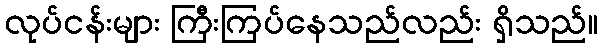
လုပ်ငန်းများ ကြီးကြပ်နေသည်လည်း ရှိသည်။